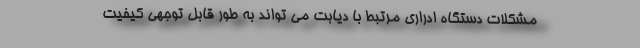
مشکلات دستگاه ادراری مرتبط با دیابت می تواند به طور قابل توجهی کیفیت